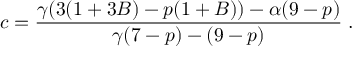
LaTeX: c = \frac { \gamma ( 3 ( 1 + 3 B ) - p ( 1 + B ) ) - \alpha ( 9 - p ) } { \gamma ( 7 - p ) - ( 9 - p ) } \; .